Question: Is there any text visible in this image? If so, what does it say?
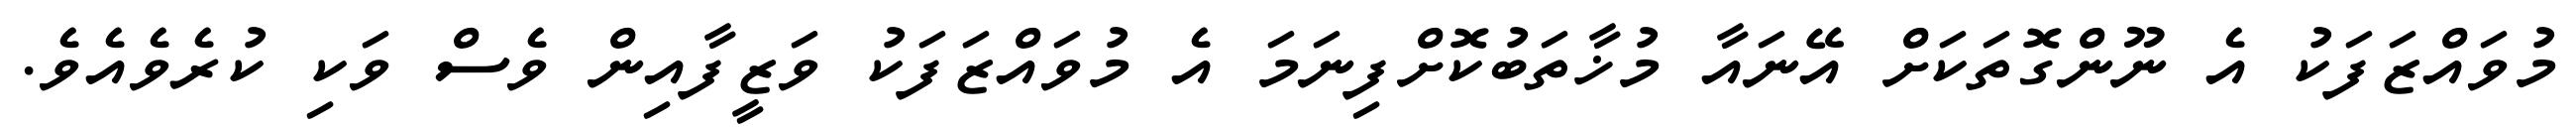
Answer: މުވައްޒަފަކު އެ ނޫންގޮތަކަށް އޭނައާ މުޚާތަބުކޮށްފިނަމަ އެ މުވައްޒަފަކު ވަޒީފާއިން ވެސް ވަކި ކުރެވެއެވެ.